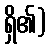
ရှိ၏)